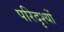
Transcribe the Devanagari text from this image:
परिदृश्‍यों